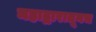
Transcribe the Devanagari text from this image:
महाद्वारातूनच